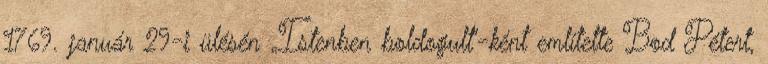
1769. január 29-i ülésén „Istenben boldogult”-ként említette Bod Pétert,